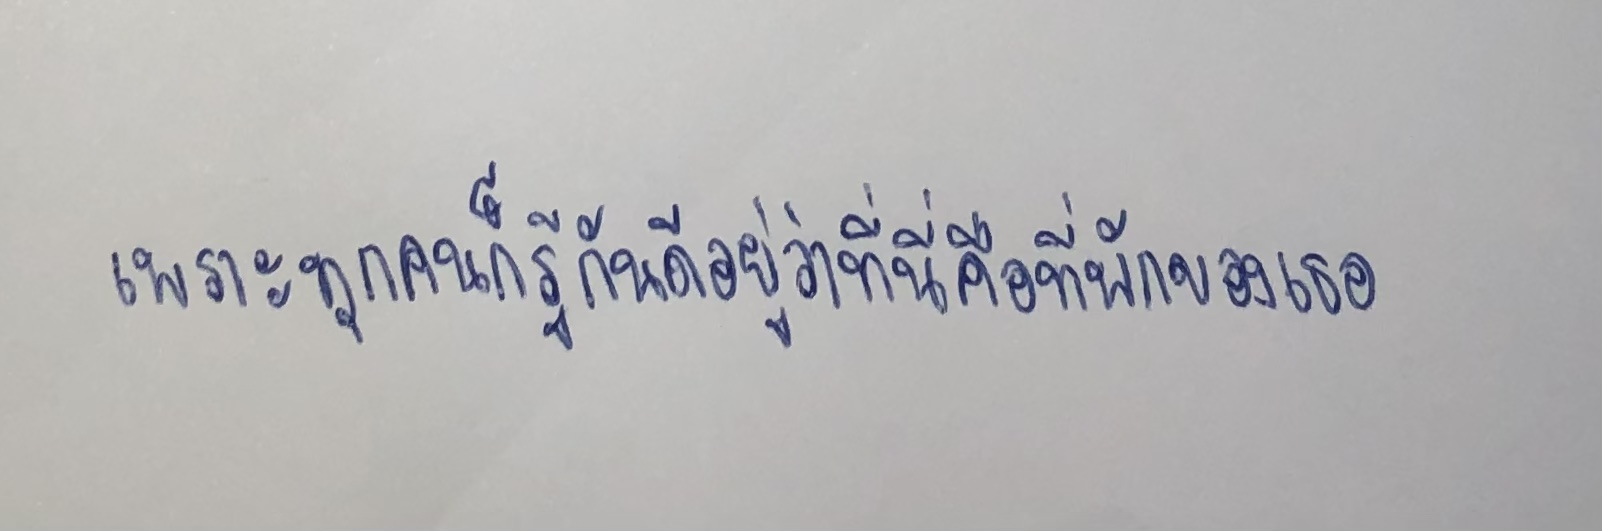
เพราะทุกคนก็รู้กันดีอยู่ว่าที่นี่คือที่พักของเธอ